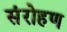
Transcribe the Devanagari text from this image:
संरोहण